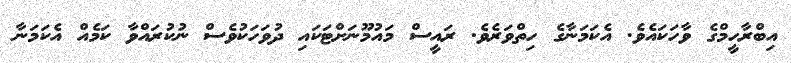
އިބްރާހީމްގެ ވާހަކައެވެ. އެކަމަނާގެ ހިތްވަރެވެ. ރައީސް މައުމޫނަށްޓަކައި ދުވަހަކުވެސް ނުކުރައްވާ ކަމެއް އެކަމަނާ